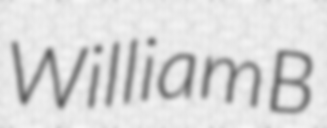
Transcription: William B